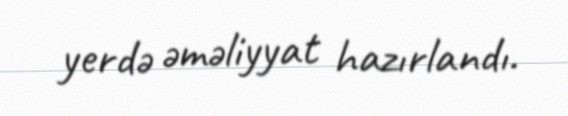
yerdə əməliyyat hazırlandı.